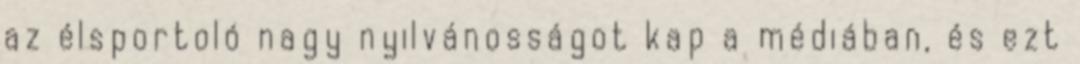
az élsportoló nagy nyilvánosságot kap a médiában, és ezt